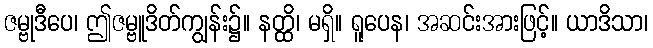
ဇမ္ဗုဒီပေ၊ ဤဇမ္ဗူဒိတ်ကျွန်း၌။ နတ္ထိ၊ မရှိ။ ရူပေန၊ အဆင်းအားဖြင့်။ ယာဒိသာ၊